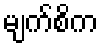
မျက်စိက